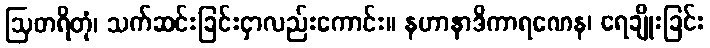
ဩတရိတုံ၊ သက်ဆင်းခြင်းငှာလည်းကောင်း။ နဟာနာဒိကာရဏေန၊ ရေချိုးခြင်း